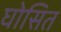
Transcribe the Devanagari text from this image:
घोसित